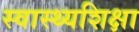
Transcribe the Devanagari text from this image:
स्वास्थ्यशिक्षा